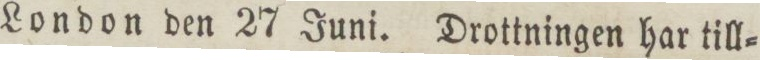
London den 27 Juni. Drottningen har till=